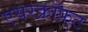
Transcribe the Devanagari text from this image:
एयरक्रॉफ़्ट